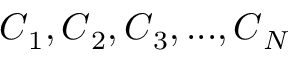
\boldsymbol { C } _ { 1 } , \boldsymbol { C } _ { 2 } , \boldsymbol { C } _ { 3 } , . . . , \boldsymbol { C } _ { N }